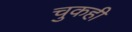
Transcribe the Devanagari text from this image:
चुकही